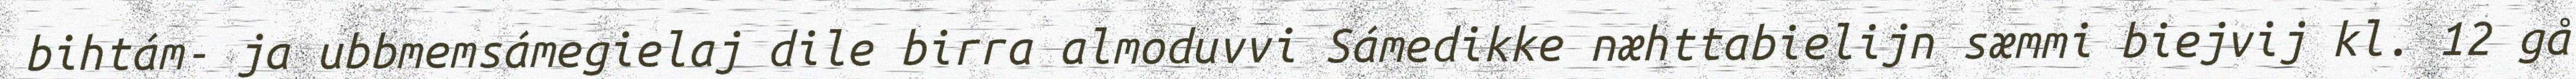
bihtám- ja ubbmemsámegielaj dile birra almoduvvi Sámedikke næhttabielijn sæmmi biejvij kl. 12 gå